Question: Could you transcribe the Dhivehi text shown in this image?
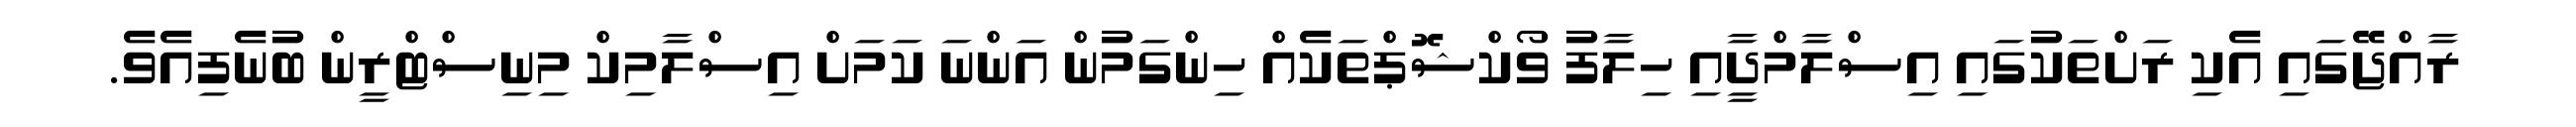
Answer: ރާއްޖޭގައި އެކި ރަށްތަކުގައި އިސްލާމްދީާއި ހިލާފު ވޯކްޝޮޕްތަކެއް ހިންގަމުން އަންނަ ކަމަށް އިސްލާމިކް މިނިސްޓްރީން ބުނެފިއެވެ.